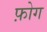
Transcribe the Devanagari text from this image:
फ़ोग